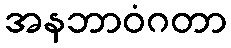
အနဘာဝံဂတာ